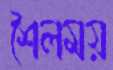
শৈলময়